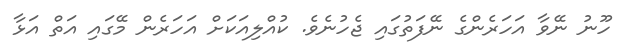
ހޫނު ނޭވާ އަހަރެންގެ ނޭފަތުގައި ޖެހުނެވެ. ކުއްލިއަކަށް އަހަރެން މޭގައި އަތް އަޅާ